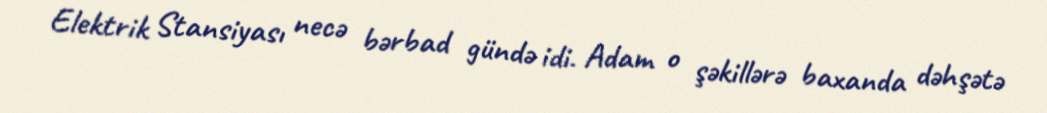
Elektrik Stansiyası necə bərbad gündə idi. Adam o şəkillərə baxanda dəhşətə